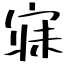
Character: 寐